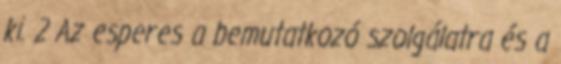
ki. 2 Az esperes a bemutatkozó szolgálatra és a